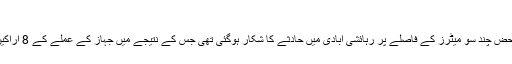
پی آئی اے طیارہ حادثہ
خیال رہے کہ 22 مئی کو پی آئی اے کی لاہور سے کراچی آنے والی پرواز رن وے سے محض چند سو میٹرز کے فاصلے پر رہائشی آبادی میں حادثے کا شکار ہوگئی تھی جس کے نتیجے میں جہاز کے عملے کے 8 اراکین سمیت 97 افراد جاں بحق ہوگئے تھے جبکہ 2 مسافر معجزانہ طور پر محفوظ رہے تھے۔